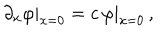
LaTeX: \partial _ { x } \varphi | _ { x = 0 } = c \, \varphi | _ { x = 0 } \, ,